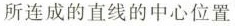
所连成的直线的中心位置